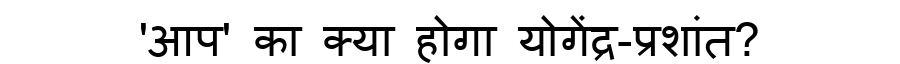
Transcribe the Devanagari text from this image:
'आप' का क्या होगा योगेंद्र-प्रशांत?